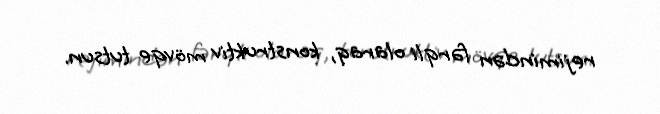
rejimindən fərqli olaraq, konstruktiv mövqe tutsun.